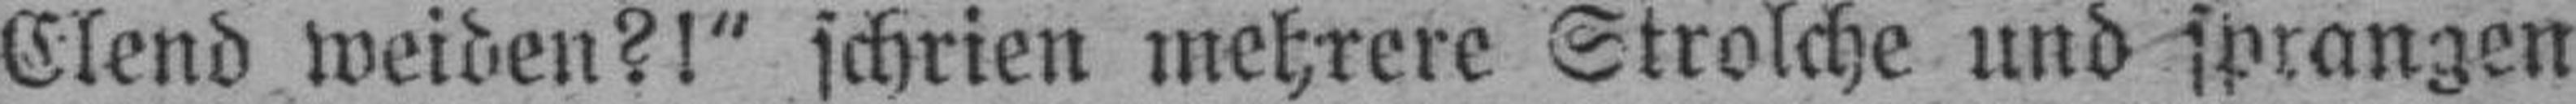
Elend weiden?!“ schrien mehrere Strolche und sprangen